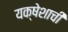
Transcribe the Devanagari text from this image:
यक्षेशाची